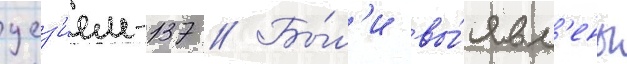
цез'ием-137 // Бы́л'и вы́явл'ены